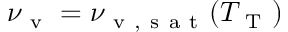
\nu _ { \mathrm { ~ v ~ } } = \nu _ { \mathrm { ~ v ~ , ~ s ~ a ~ t ~ } } ( T _ { \mathrm { ~ T ~ } } )